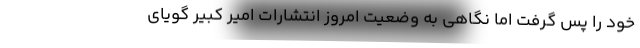
خود را پس گرفت اما نگاهی به وضعیت امروز انتشارات امیر کبیر گویای